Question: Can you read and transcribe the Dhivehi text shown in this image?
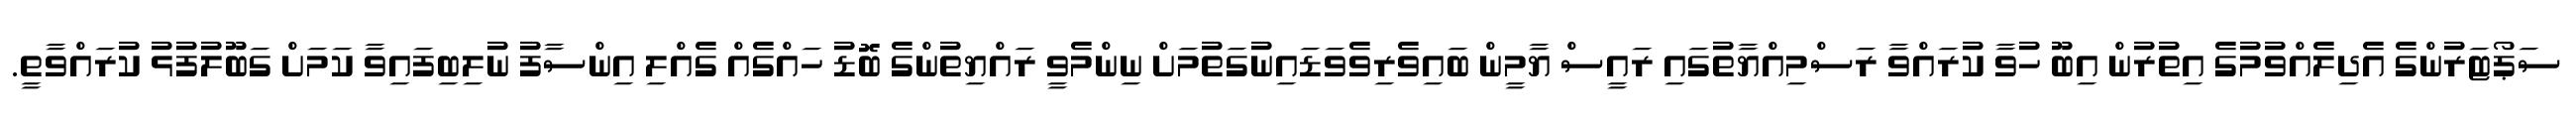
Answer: ސަޕޯޓަރުންގެ އެދިލެއްވުމުގެ އިތުރުން އިބޫ ހުވާ ކުރައްވާ ރަސްމިއްޔާތުގައި ރައީސް ޔާމީން ބައިވެރިވެވަޑައިނުގަތުމަށް ނިންމެވީ ރައްޔިތުންގެ ބޮޑު ހައްގެއް ގެއްލި އިންސާފު ނުލިބިފައިވާ ކަމަށް ގަބޫލުފުޅު ކުރައްވާތީ.